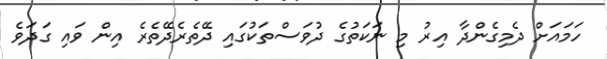
ހަމައަށް ދެމިގެންދާ އިރު މި ނަކަތުގެ ދުވަސްތަކުގައި ދޭތެރެދޭތެރެ އިން ވައި ގަދަވެ